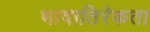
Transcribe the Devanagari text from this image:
भावातिरेकता